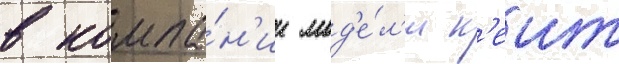
в компа́н'ии мод'е́л'и к'еит